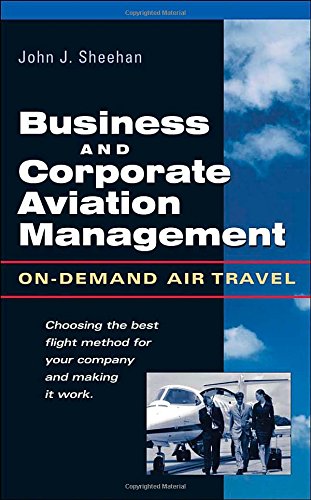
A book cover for Business & Corporate Aviation Management : On Demand Air Travel; John Sheehan; Travel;